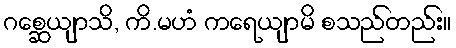
ဂစ္ဆေယျာသိ, ကိ.မဟံ ကရေယျာမိ စသည်တည်း။